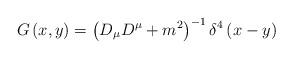
LaTeX: \begin{align*}G\left( x,y\right) =\left( D_{\mu }D^{\mu }+m^{2}\right) ^{-1}\delta^{4}\left( x-y\right) \end{align*}